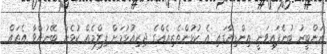
ރަންބީރު ބުނެފައިވަނީ އިންޑިޔާގައި އެ ކުޅުންތެރިއެއްގެ ދިރިއުޅުމަށް ފިލްމެއް ކުޅެން ބޭނުންވާ އެތައް